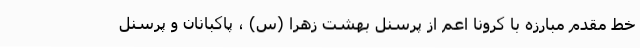
خط مقدم مبارزه با کرونا اعم از پرسنل بهشت زهرا (س) ، پاکبانان و پرسنل